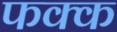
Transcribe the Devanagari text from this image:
फक्क